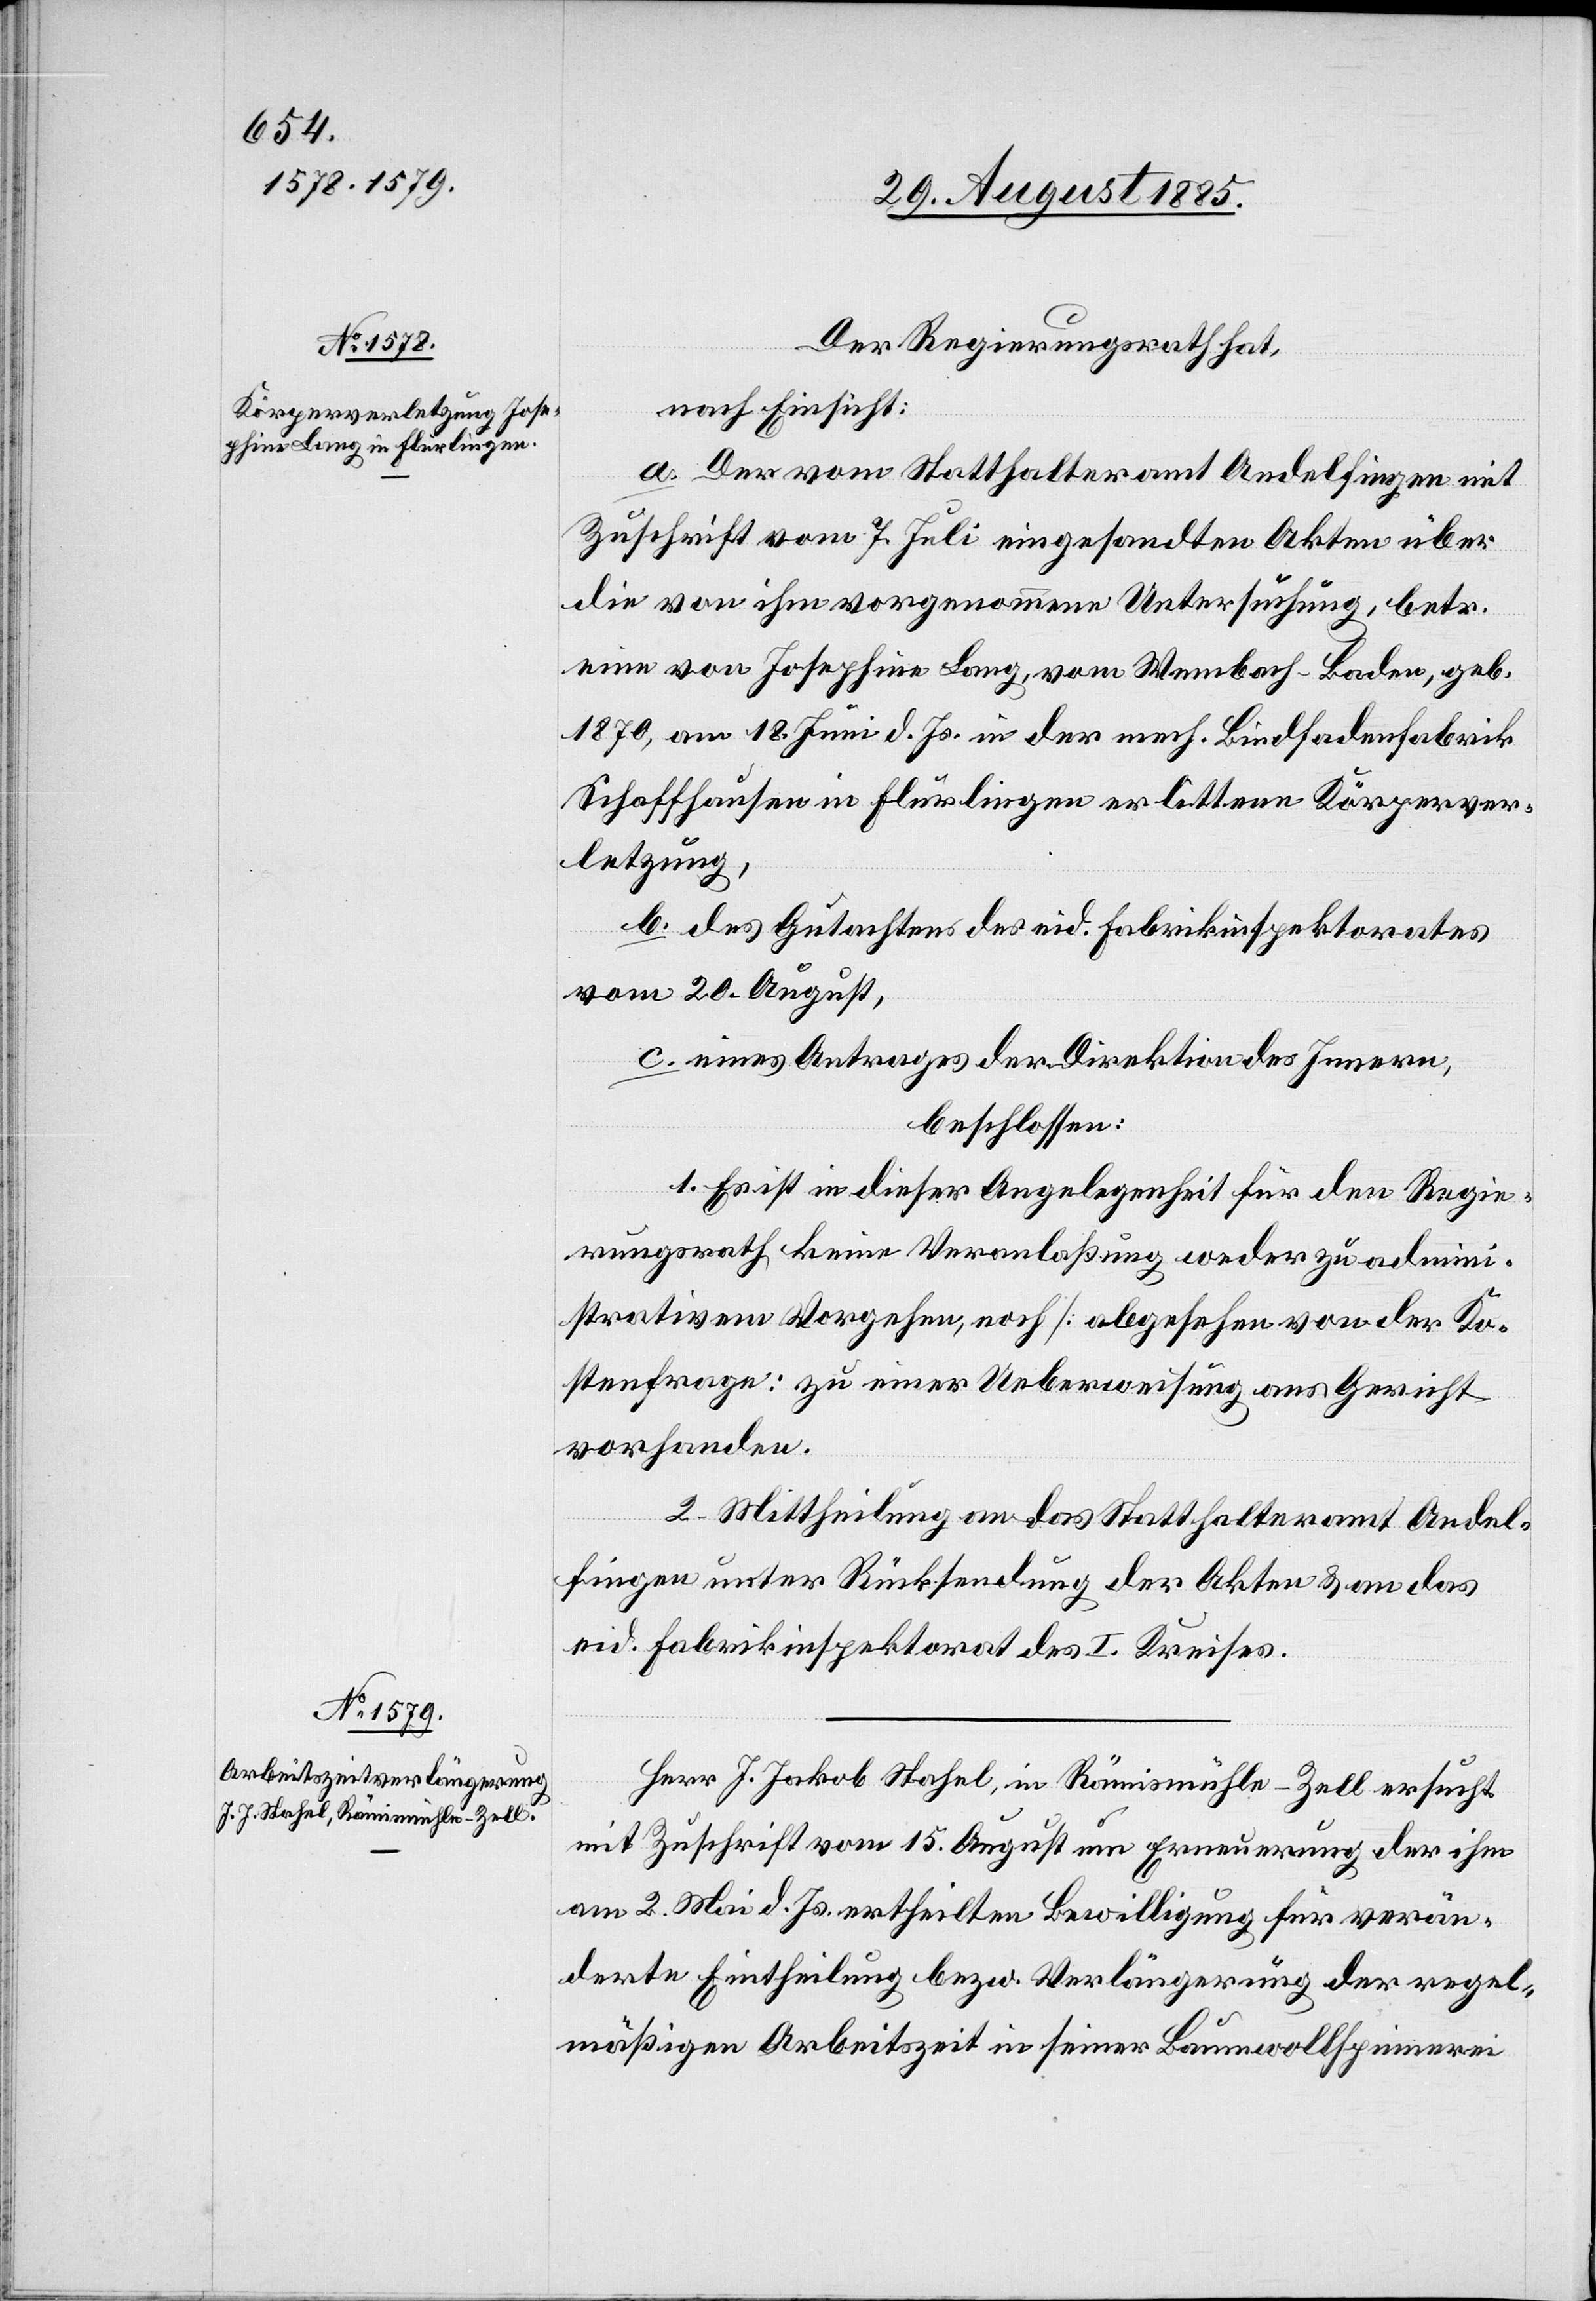
Der Regierungsrath hat,
nach Einsicht:
a. Der vom Statthalteramt Andelfingen mit
Zuschrift vom 7. Juli eingesandten Akten über
die von ihm vorgenommene Untersuchung, betr.
eine von Josephine Lang, von Wembach - Baden, geb.
1870, am 18. Juni d. Js. in der mech. Bindfadenfabrik
Schaffhausen in Flurlingen erlittene Körperver¬
letzung,
b. des Gutachtens des eid. Fabrikinspektorates
vom 20. August,
c. eines Antrages der Direktion des Innern,
beschlossen:
1. Es ist in dieser Angelegenheit für den Regie¬
rungsrath keine Veranlaßung weder zu admini¬
strativem Vorgehen, noch [abgesehen von der Ko¬
stenfrage] zu einer Ueberweisung ans Gericht
vorhanden.
2. Mittheilung an das Statthalteramt Andel¬
fingen unter Rücksendung der Akten & an das
eid. Fabrikinspektorat des I. Kreises.
Herr J. Jakob Stahel, in Rämismühle - Zell ersucht
mit Zuschrift vom 15. August um Erneuerung der ihm
am 2. Mai d. Js. ertheilten Bewilligung für verän¬
derte Eintheilung bezw. Verlängerung der regel¬
mäßigen Arbeitszeit in seiner Baumwollspinnerei